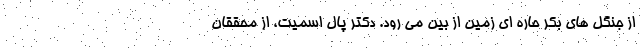
از جنگل های بکر حاره ای زمین از بین می رود. دکتر پال اسمیت، از محققان